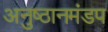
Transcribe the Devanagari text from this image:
अनुष्ठानमंडप